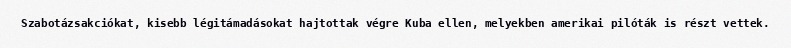
Szabotázsakciókat, kisebb légitámadásokat hajtottak végre Kuba ellen, melyekben amerikai pilóták is részt vettek.